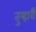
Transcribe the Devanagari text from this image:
तुम्हारीे